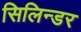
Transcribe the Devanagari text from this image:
सिलिन्डर